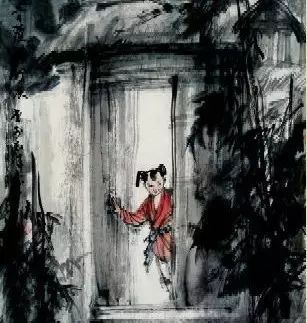
我醉君复乐，陶然共忘机。